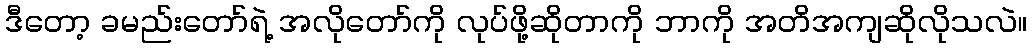
ဒီတော့ ခမည်းတော်ရဲ့ အလိုတော်ကို လုပ်ဖို့ဆိုတာကို ဘာကို အတိအကျဆိုလိုသလဲ။